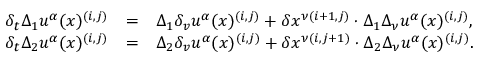
\begin{array} { c r l } { { \delta _ { t } \Delta _ { 1 } u ^ { \alpha } ( x ) ^ { ( i , j ) } } } & { { = } } & { { \Delta _ { 1 } \delta _ { v } u ^ { \alpha } ( x ) ^ { ( i , j ) } + \delta x ^ { \nu ( i + 1 , j ) } \cdot \Delta _ { 1 } \Delta _ { \nu } u ^ { \alpha } ( x ) ^ { ( i , j ) } , } } \\ { { \delta _ { t } \Delta _ { 2 } u ^ { \alpha } ( x ) ^ { ( i , j ) } } } & { { = } } & { { \Delta _ { 2 } \delta _ { v } u ^ { \alpha } ( x ) ^ { ( i , j ) } + \delta x ^ { \nu ( i , j + 1 ) } \cdot \Delta _ { 2 } \Delta _ { \nu } u ^ { \alpha } ( x ) ^ { ( i , j ) } . } } \end{array}